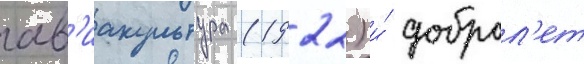
ав'иакультура (1922) и́ доброл'ет